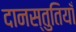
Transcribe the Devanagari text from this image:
दानस्तुतियाँ